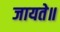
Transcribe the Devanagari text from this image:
जायते॥